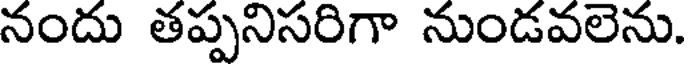
నందు తప్పనిసరిగా నుండవలెను.